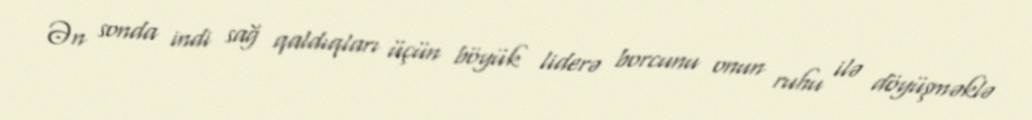
Ən sonda indi sağ qaldıqları üçün böyük liderə borcunu onun ruhu ilə döyüşməklə